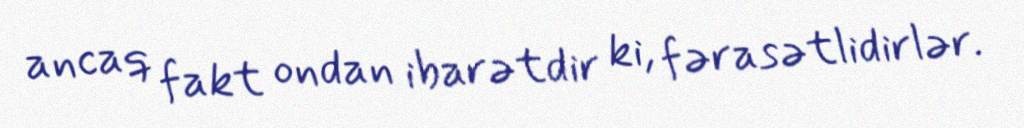
ancaq fakt ondan ibarətdir ki, fərasətlidirlər.